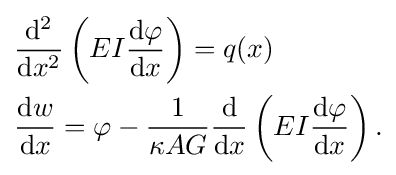
{\begin{aligned}&{\frac {\mathrm {d} ^{2}}{\mathrm {d} x^{2}}}\left(EI{\frac {\mathrm {d} \varphi }{\mathrm {d} x}}\right)=q(x)\\&{\frac {\mathrm {d} w}{\mathrm {d} x}}=\varphi -{\frac {1}{\kappa AG}}{\frac {\mathrm {d} }{\mathrm {d} x}}\left(EI{\frac {\mathrm {d} \varphi }{\mathrm {d} x}}\right).\end{aligned}}